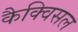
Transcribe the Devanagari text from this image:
कैक्विसल